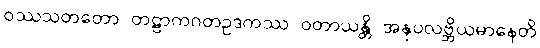
ဝဿသတတော တဠာကဂတဥဒကဿ ဝတာယန္တိ အနုပလဗ္ဘိယမာနေတိ